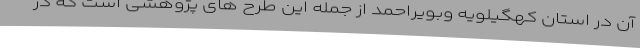
آن در استان کهگیلویه وبویراحمد از جمله این طرح های پژوهشی است که در